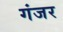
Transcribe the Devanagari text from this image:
गंजर